Lunatic asylums in Bengal annual reports 1912-1924 - 1912-1924
Year: 1912
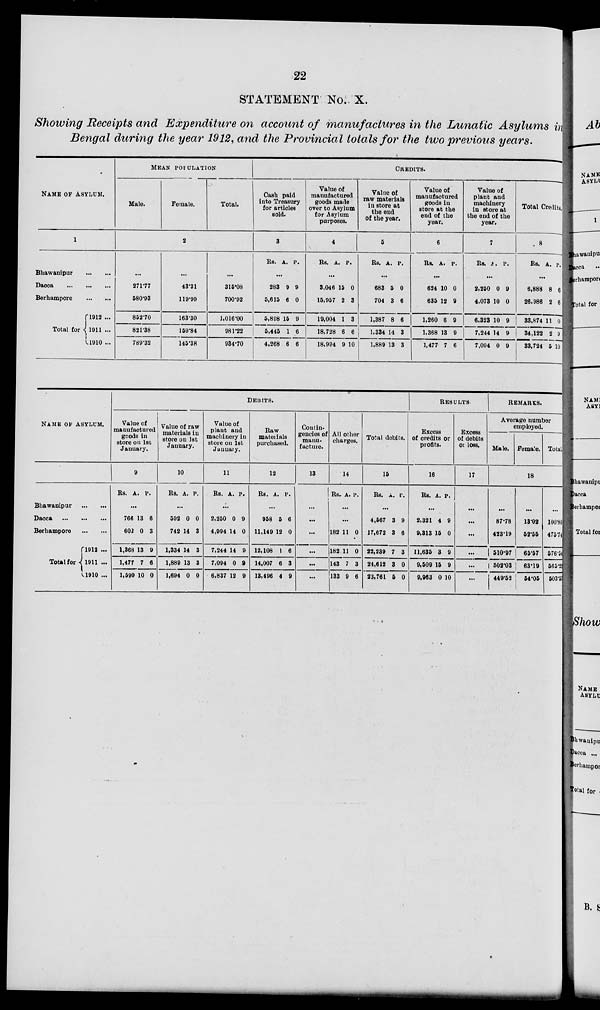
22
STATEMENT No. X.
Showing Receipts and Expenditure on account of manufactures in the Lunatic Asylums in
Bengal during the year 1912, and the Provincial totals for the two previous years.
NAME OF ASYLUM.
1
Bhawanipur
...
...
Dacca
...
...
Berhampore ... ...
Total for
1912 ...
1911 ...
1910 ...
MEAN POPULATION
Male.
Female.
Total.
2
...
271.77
580.93
852.70
821.38
789.32
...
43.31
119.99
163.30
159.84
145.38
...
315.08
700.92
1,016.00
981.22
934.70
CREDITS.
Cash paid
into Treasury
for articles
sold.
3
Rs. A. P.
...
283
5,615
5,898
5,445
4,268
9
6
15
1
6
9
0
9
6
6
Value of
manufactured
goods made
over to Asylum
for Asylum
purposes.
4
Rs.
A. P.
...
3,046
15,957
19,004
18,728
18,994
15
2
1
6
9
0
3
3
6
10
Value of
raw materials
in store at
the end
of the year.
5
Rs. A. P.
...
683
704
1,387
1,334
1,889
5
3
8
14
13
0
6
6
3
3
Value of
manufactured
goods in
store at the
end of the
year.
6
Rs. A. P.
...
624
635
1,260
1,368
1,477
10
12
6
13
7
0
9
9
9
6
Value of
plant and
machinery
in store at
the end of the
year.
7
Rs. A. P.
...
2,250
4,073
6,323
7,244
7,094
0
10
10
14
0
9
0
9
9
9
Total Credits.
8
Rs. A. P.
...
6,888
26,986
33,874
34,122
33,724
8
2
11
2
5
6
6
0
9
10
NAME OF ASYLUM.
Bhawanipur
...
...
Dacca
...
...
...
Berhampore
...
...
Total for
1912 ...
1911 ...
1910 ...
DEBITS.
Value of
manufactured
goods in
store on 1st
January.
9
Rs. A.
P.
...
766
602
1,368
1,477
1,599
13
0
13
7
10
6
3
9
6
0
Value of raw
materials in
store on 1st
Jauuary.
10
Rs. A. P.
...
592
742
1,334
1,889
1,694
0
14
14
13
0
0
3
3
3
0
Value of
plant and
machinery in
store on 1st
January.
11
Rs. A. P.
...
2,250
4,994
7,244
7,094
6,837
0
14
14
0
12
9
0
9
9
9
Raw
materials
purchased.
12
Rs. A. P.
...
958
11,149
12,108
14,007
13,496
5
12
1
6
4
6
0
6
3
9
Contin-
gencies of
manu-
facture.
13
...
...
...
...
...
...
All others
charges.
14
Rs, A. P.
...
...
182
182
143
133
11
11
7
9
0
0
3
6
Total debits.
15
Rs. A. P.
...
4,567
17,672
32,239
24,613
23,761
3
3
7
3
5
9
6
3
0
0
RESULTS
Excess
of credits or
profits.
16
Rs. A. P.
...
2,321
9,313
11,635
9,509
9,963
4
15
3
15
0
9
0
9
9
10
Excess
of debits
of loss.
17
...
...
...
...
...
...
REMARKS.
Average number
employed.
Male. Female. Total.
18
...
87.78
423.19
510.97
502.03
449.52
...
13.03
52.55
65.57
63.19
54.05
...
100.80
475.74
576.54
565.23
503.53